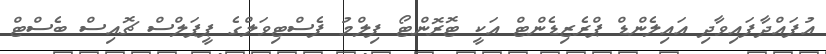
އުފައްދާފައިވާދި އައިލެންޑް ޕްރެޒިޑެންޓް އަކީ ޓޮރޮންޓޯ ފިލްމު ފެސްޓިވަލްގެ ޕީޕަލްސް ޗޮއިސް ބެސްޓް